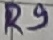
Text: R9